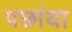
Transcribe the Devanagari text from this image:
पछांया